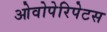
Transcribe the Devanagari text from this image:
ओवोपेरिपेटस